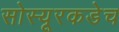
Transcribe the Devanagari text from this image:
सोस्यूरकडेच